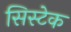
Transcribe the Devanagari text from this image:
सिस्टेक